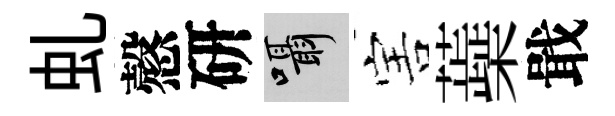
虬慤研囁害蘃戢